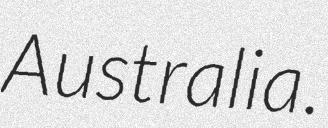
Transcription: Australia.